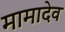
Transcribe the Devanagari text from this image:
मामादेव